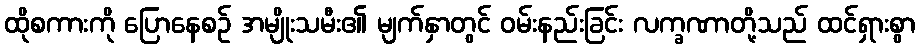
ထိုစကားကို ပြောနေစဉ် အမျိုးသမီး၏ မျက်နှာတွင် ဝမ်းနည်းခြင်း လက္ခဏာတို့သည် ထင်ရှားစွာ